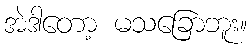
အဲဒါတော့ မသခြောဘူး။